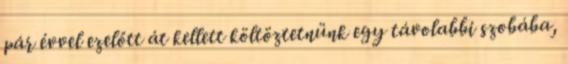
pár évvel ezelőtt át kellett költöztetnünk egy távolabbi szobába,